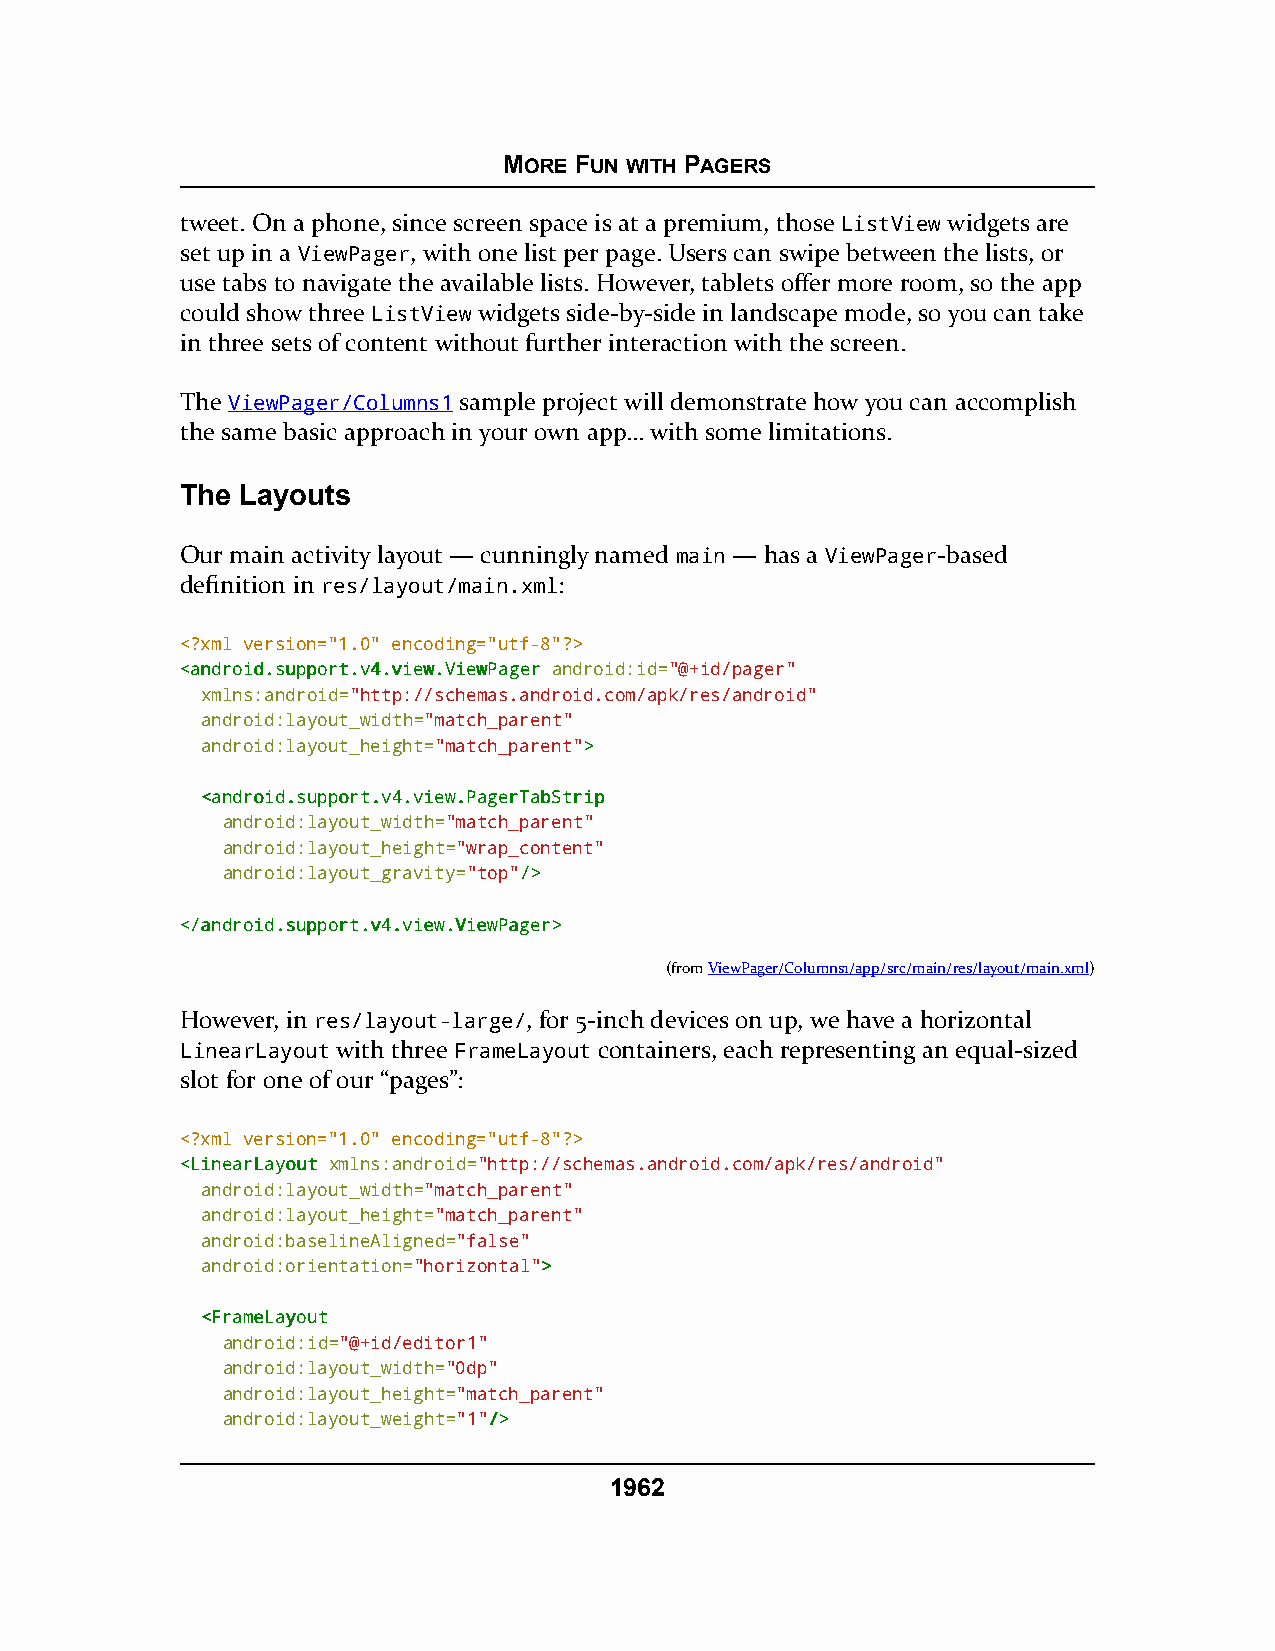
MORE FUN WITH PAGERS
 tweet. On a phone, since screen space is at a premium, those ListView widgets are
 set up in a ViewPager, with one list per page. Users can swipe between the lists, or
 use tabs to navigate the available lists. However, tablets offer more room, so the app
 could show three ListView widgets side-by-side in landscape mode, so you can take
 in three sets of content without further interaction with the screen.
 The ViewPager/Columns1 sample project will demonstrate how you can accomplish
 the same basic approach in your own app… with some limitations.
 The Layouts
 Our main activity layout — cunningly named main — has a ViewPager-based
 definition in res/layout/main.xml:
 <?xml version="1.0" encoding="utf-8"?>
 <<aannddrrooiidd..ssuuppppoorrtt..vv44..vviieeww..VViieewwPPaaggeerr android:id="@+id/pager"
 xmlns:android="http://schemas.android.com/apk/res/android"
 android:layout_width="match_parent"
 android:layout_height="match_parent">>
 <<aannddrrooiidd..ssuuppppoorrtt..vv44..vviieeww..PPaaggeerrTTaabbSSttrriipp
 android:layout_width="match_parent"
 android:layout_height="wrap_content"
 android:layout_gravity="top"//>>
 <<//aannddrrooiidd..ssuuppppoorrtt..vv44..vviieeww..VViieewwPPaaggeerr>>
 (fromViewPager/Columns1/app/src/main/res/layout/main.xml)
 However, in res/layout-large/, for 5-inch devices on up, we have a horizontal
 LinearLayout with three FrameLayout containers, each representing an equal-sized
 slot for one of our “pages”:
 <?xml version="1.0" encoding="utf-8"?>
 <<LLiinneeaarrLLaayyoouutt xmlns:android="http://schemas.android.com/apk/res/android"
 android:layout_width="match_parent"
 android:layout_height="match_parent"
 android:baselineAligned="false"
 android:orientation="horizontal">>
 <<FFrraammeeLLaayyoouutt
 android:id="@+id/editor1"
 android:layout_width="0dp"
 android:layout_height="match_parent"
 android:layout_weight="1"//>>
 1962